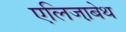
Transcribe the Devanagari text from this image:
एलिजा़बेथ